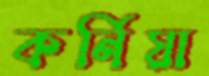
কর্নিয়া